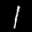
Label: 1